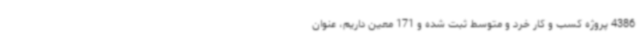
4386 پروژه کسب و کار خرد و متوسط ثبت شده و 171 معین‌ داریم، عنوان